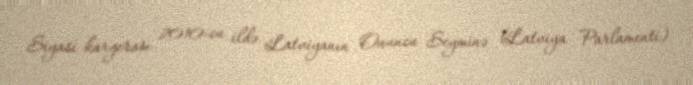
Siyasi karyerası 2010-cu ildə Latviyanın Onuncu Seyminə (Latviya Parlamenti)